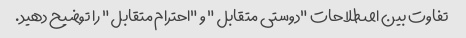
تفاوت بین اصطلاحات "دوستی متقابل" و "احترام متقابل" را توضیح دهید.